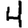
Digit: 4